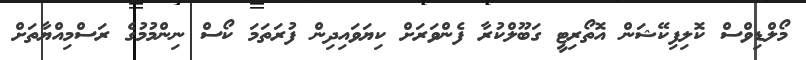
މޯލްޑިވްސް ކޮލިފިކޭޝަން އޮތޯރިޓީ ގަބޫލްކުރާ ފެންވަރަށް ކިޔަވައިދިން ފުރަތަމަ ކޯސް ނިންމުމުގެ ރަސްމިއްޔާތަށް